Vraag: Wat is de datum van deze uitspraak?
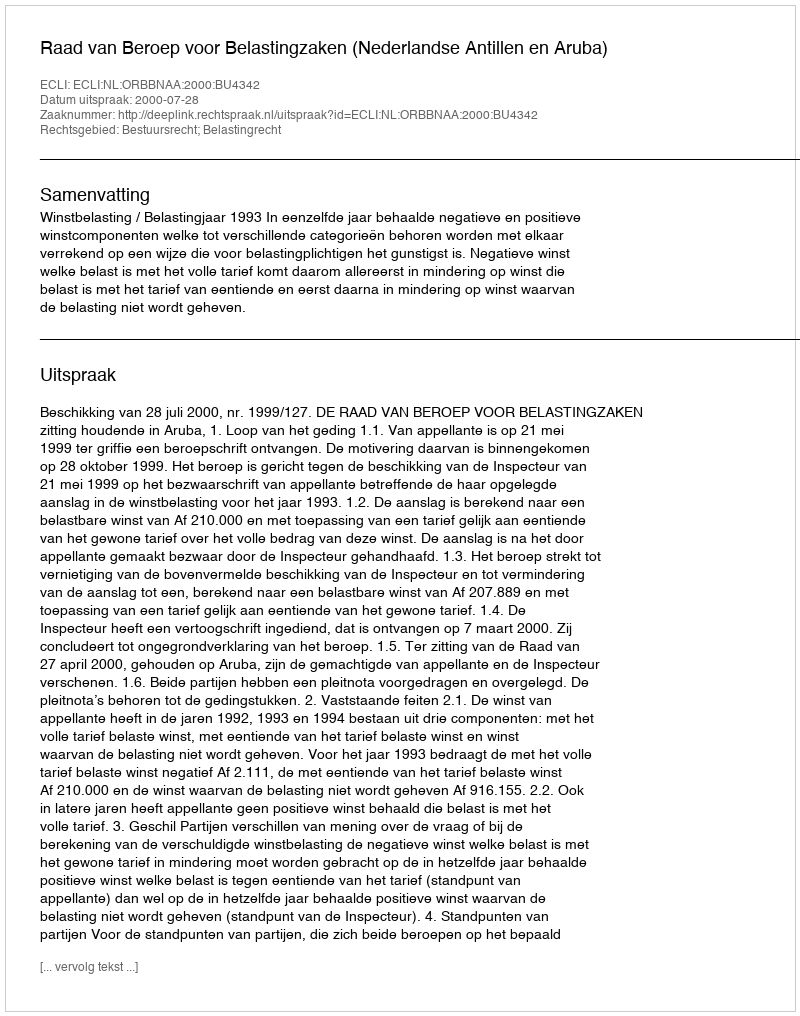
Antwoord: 2000-07-28